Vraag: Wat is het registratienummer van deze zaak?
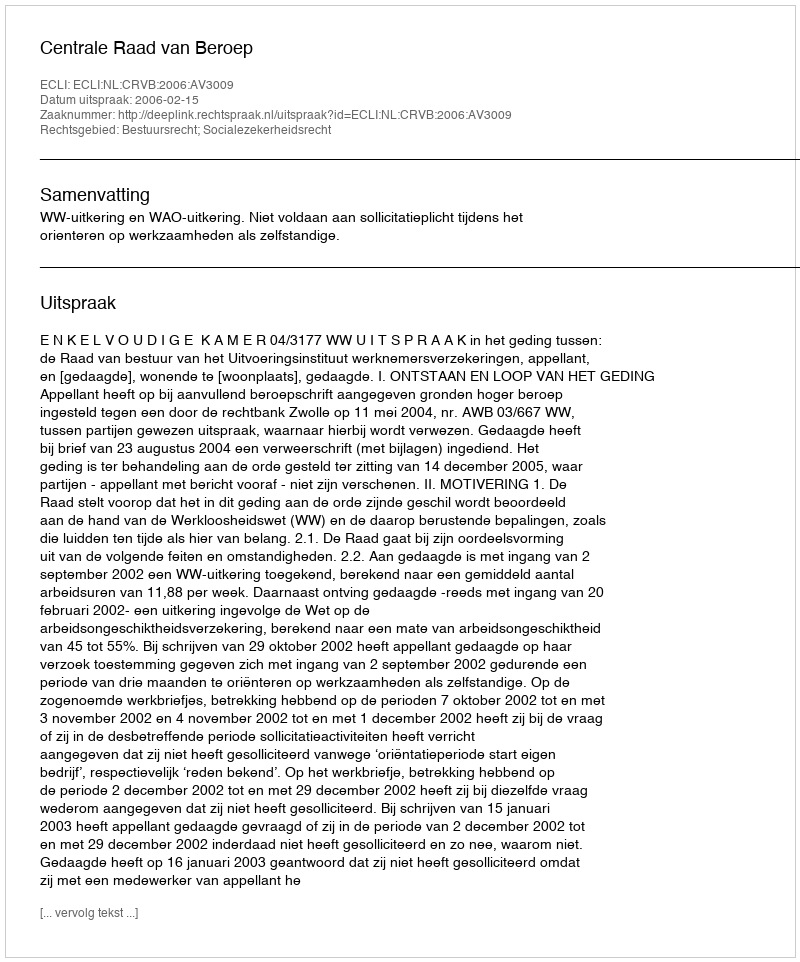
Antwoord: http://deeplink.rechtspraak.nl/uitspraak?id=ECLI:NL:CRVB:2006:AV3009